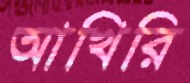
আখিরি